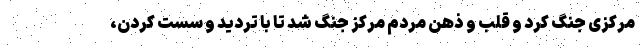
مرکزی جنگ کرد و قلب و ذهن مردم مرکز جنگ شد تا با تردید و سست کردن،